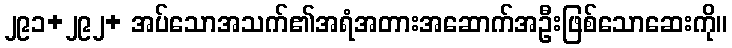
၂၉၁+၂၉၂+ အပ်သောအသက်၏အရံအတားအဆောက်အဦးဖြစ်သောဆေးကို။